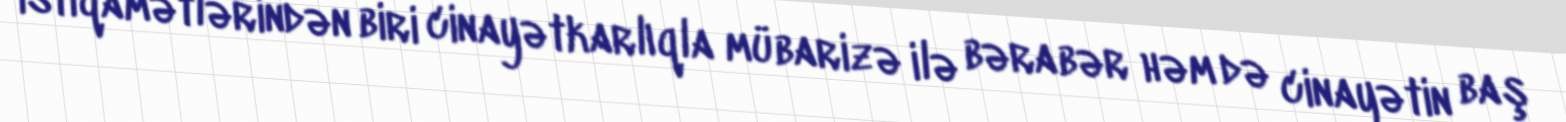
istiqamətlərindən biri cinayətkarlıqla mübarizə ilə bərabər həm də cinayətin baş